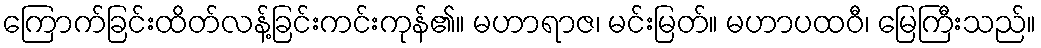
ကြောက်ခြင်းထိတ်လန့်ခြင်းကင်းကုန်၏။ မဟာရာဇ၊ မင်းမြတ်။ မဟာပထဝီ၊ မြေကြီးသည်။